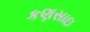
કણસાઇ